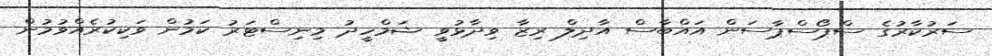
ސަރުކާރުގެ ސްޕޯސްޕާސަން އައްބާސް އާދިލް ރިޒާ ވިދާޅުވީ ޝަމްހީދު މިނިސްޓަރު ކަމުން ވަކިކުރެއްވުމުން